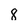
Character: 8